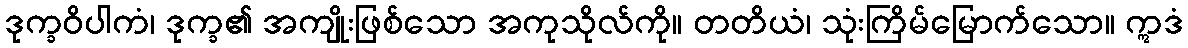
ဒုက္ခဝိပါကံ၊ ဒုက္ခ၏ အကျိုးဖြစ်သော အကုသိုလ်ကို။ တတိယံ၊ သုံးကြိမ်မြောက်သော။ ဣဒံ